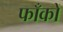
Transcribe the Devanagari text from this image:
फाँकों